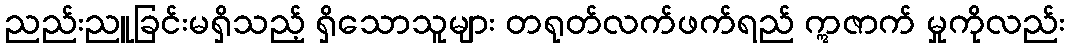
ညည်းညူခြင်းမရှိသည့် ရှိသောသူများ တရုတ်လက်ဖက်ရည် ဣဇာက် မှုကိုလည်း